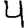
Digit: 4